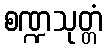
စဏ္ဍသုတ္တံ